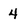
Character: 4